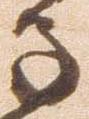
子